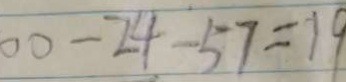
0 0 - 2 4 - 5 7 = 1 9